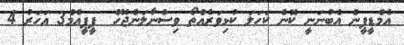
އެމްޑީޕީން އެބުނަނީ ކޮން ކަހަލަ ކުޅިވަރެއްތޯ ވިސްނާލަންޖެހޭ  ޕީޕީއެމް3 އަހަރު 4